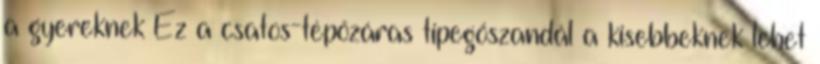
a gyereknek Ez a csatos-tépőzáras tipegőszandál a kisebbeknek lehet